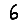
Digit: 6